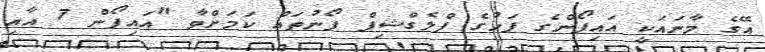
އޭގެ މާނައަކީ އައިފޯންގެ ފަހުގެ ފްލެގްޝިޕް ފޯނުތައް ކަމަށްވާ "އައިފޯން 7 އާއި